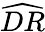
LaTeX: \widehat{DR}